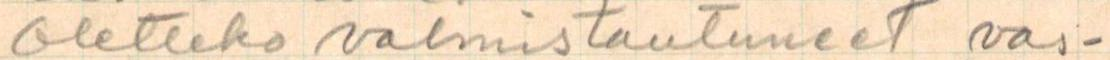
oletteko valmistautuneet vas-